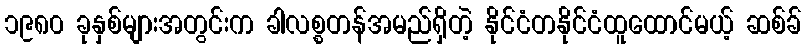
၁၉၈၀ ခုနှစ်များအတွင်းက ခါလစ္စတန်အမည်ရှိတဲ့ နိုင်ငံတနိုင်ငံထူထောင်မယ့် ဆစ်ခ်